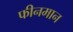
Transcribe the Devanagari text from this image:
फीनमान